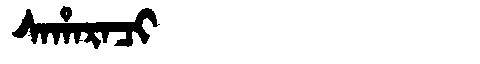
Manchu: ᠰᠠᡥᠠᡵᠠᠴᡳ
Romanization: SAHARACI